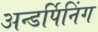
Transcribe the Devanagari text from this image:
अन्डर्पिनिंग